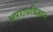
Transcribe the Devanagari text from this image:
अपराधविज्ञान